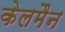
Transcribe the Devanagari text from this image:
केलमैन